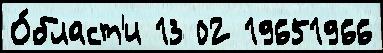
О́бласт'и 13 02 19651966